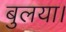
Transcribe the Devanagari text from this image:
बुलया।